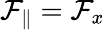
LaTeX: \mathcal{F}_{\parallel}=\mathcal{F}_{x}